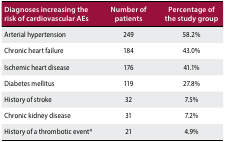
<table><thead><tr><td><b>Diagnoses increasing the risk of cardiovascular AEs</b></td><td><b>Number of patients</b></td><td><b>Percentage of the study group</b></td></tr></thead><tbody><tr><td>Arterial hypertension</td><td>249</td><td>58.2%</td></tr><tr><td>Chronic heart failure</td><td>184</td><td>43.0%</td></tr><tr><td>Ischemic heart disease</td><td>176</td><td>41.1%</td></tr><tr><td>Diabetes mellitus</td><td>119</td><td>27.8%</td></tr><tr><td>History of stroke</td><td>32</td><td>7.5%</td></tr><tr><td>Chronic kidney disease</td><td>31</td><td>7.2%</td></tr><tr><td>History of a thrombotic event*</td><td>21</td><td>4.9%</td></tr></tbody></table>